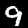
Digit: 9